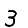
Digit: 3